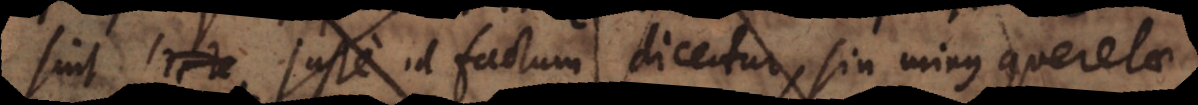
sint, recte juste id factum dicetur, sin minus querelae